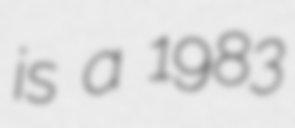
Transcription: is a 1983